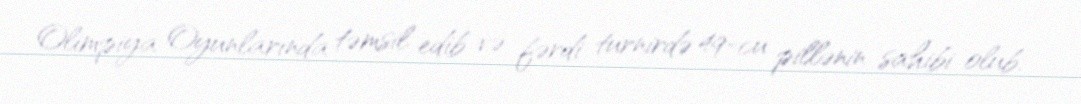
Olimpiya Oyunlarında təmsil edib və fərdi turnirdə 49-cu pillənin sahibi olub.